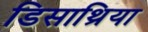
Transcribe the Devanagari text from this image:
डिसार्थ्रिया